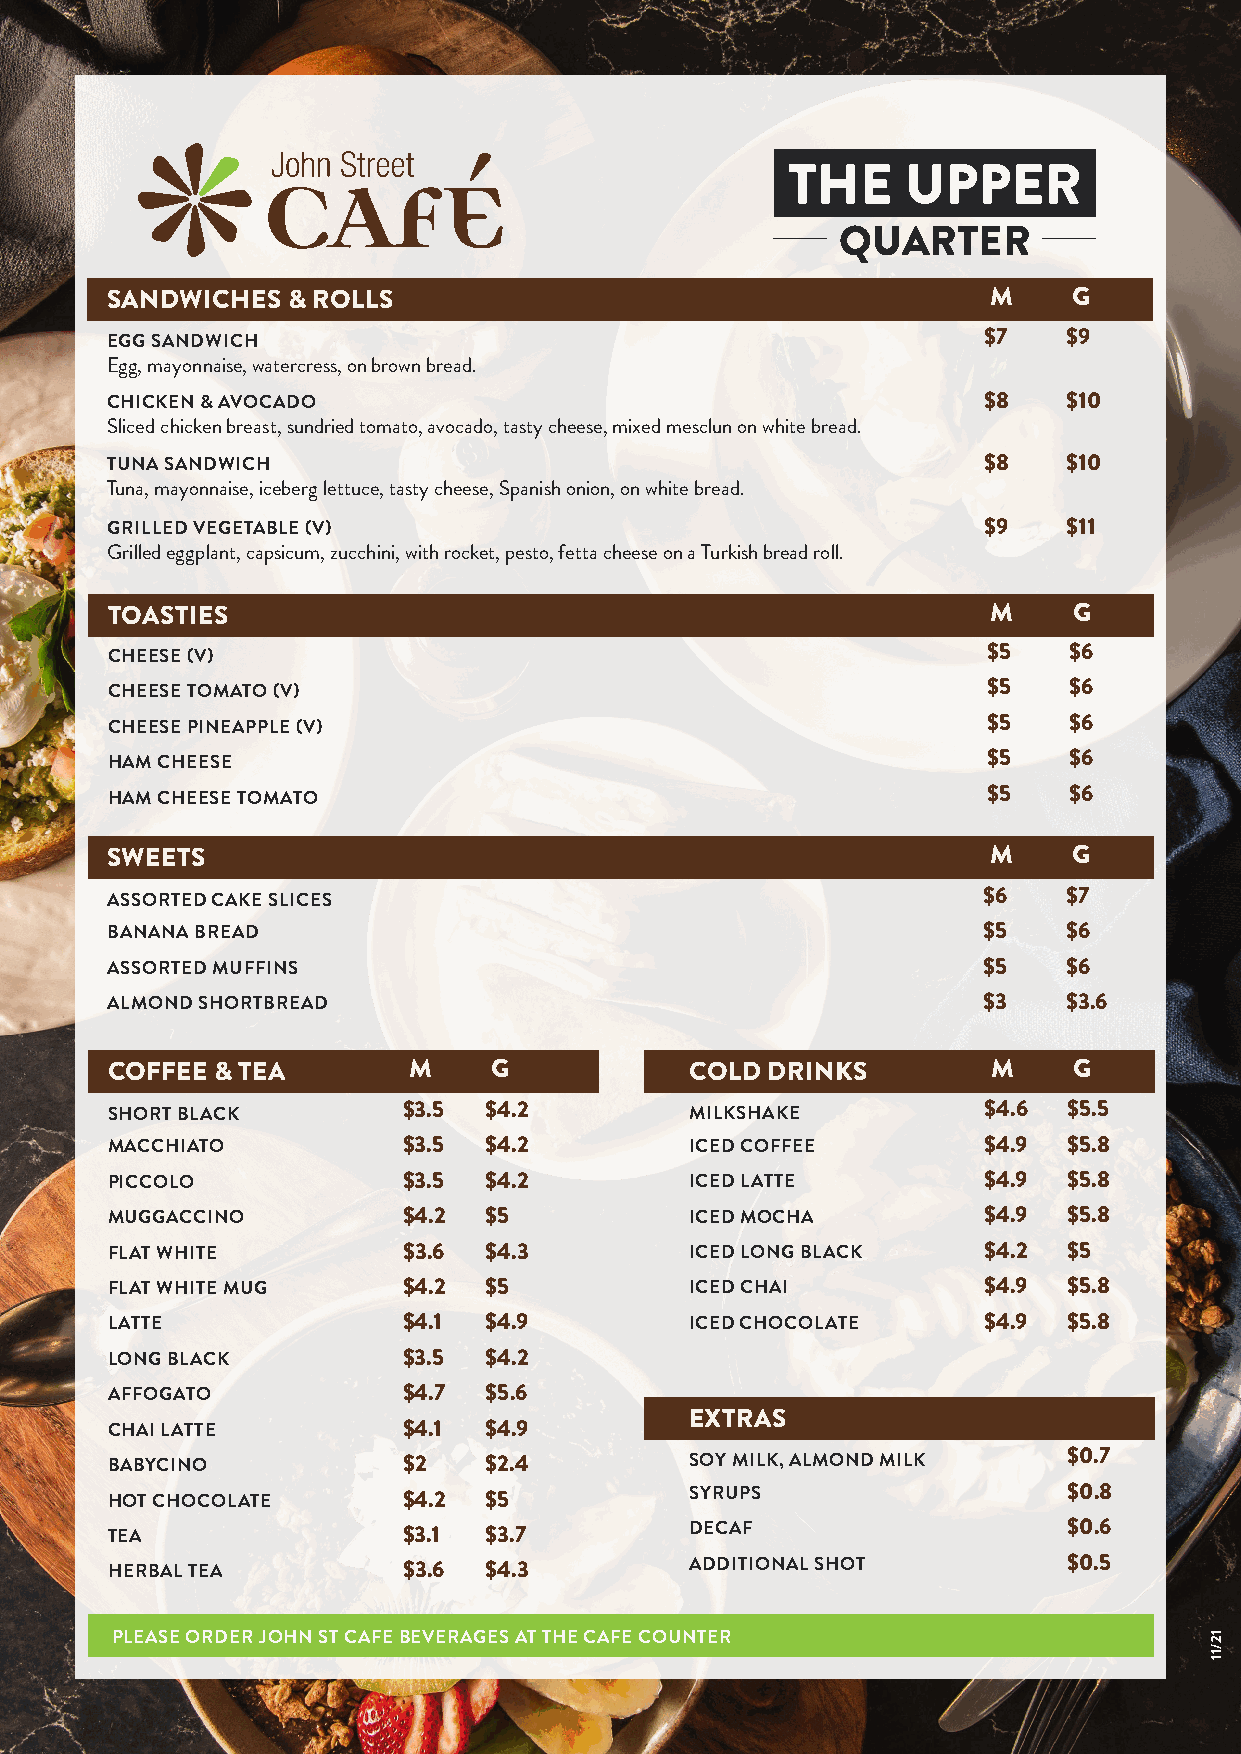
THE     UPPER
 QUARTER
 SANDWICHES  & ROLLS                                       M     G
 EGG SANDWICH                                              $7    $9
 Egg, mayonnaise, watercress, on brown bread.
 CHICKEN & AVOCADO                                         $8    $10
 Sliced chicken breast, sundried tomato, avocado, tasty cheese, mixed mesclun on white bread.
 TUNA SANDWICH                                             $8    $10
 Tuna, mayonnaise, iceberg lettuce, tasty cheese, Spanish onion, on white bread.
 GRILLED VEGETABLE (V)                                     $9    $11
 Grilled eggplant, capsicum, zucchini, with rocket, pesto, fetta cheese on a Turkish bread roll.
 TOASTIES                                                   M    G
 CHEESE (V)                                                $5    $6
 CHEESE TOMATO (V)                                         $5    $6
 CHEESE PINEAPPLE (V)                                      $5    $6
 HAM CHEESE                                                $5    $6
 HAM CHEESE TOMATO                                         $5    $6
 SWEETS                                                    M     G
 ASSORTED CAKE SLICES                                      $6    $7
 BANANA BREAD                                              $5    $6
 ASSORTED MUFFINS                                          $5    $6
 ALMOND SHORTBREAD                                         $3    $3.6
 COFFEE & TEA        M     G            COLD DRINKS         M    G
 SHORT BLACK         $3.5 $4.2          MILKSHAKE          $4.6  $5.5
 MACCHIATO           $3.5 $4.2          ICED COFFEE        $4.9  $5.8
 PICCOLO             $3.5 $4.2          ICED LATTE         $4.9  $5.8
 MUGGACCINO          $4.2 $5            ICED MOCHA         $4.9  $5.8
 FLAT WHITE          $3.6 $4.3          ICED LONG BLACK    $4.2  $5
 FLAT WHITE MUG      $4.2 $5            ICED CHAI          $4.9  $5.8
 LATTE               $4.1 $4.9          ICED CHOCOLATE     $4.9  $5.8
 LONG BLACK          $3.5 $4.2
 AFFOGATO            $4.7 $5.6
 EXTRAS
 CHAI LATTE          $4.1 $4.9
 BABYCINO            $2   $2.4          SOY MILK, ALMOND MILK    $0.7
 HOT CHOCOLATE       $4.2 $5            SYRUPS                   $0.8
 TEA                 $3.1 $3.7          DECAF                    $0.6
 HERBAL TEA          $3.6 $4.3          ADDITIONAL SHOT          $0.5
 PLEASE ORDER JOHN ST CAFE BEVERAGES AT THE CAFE COUNTER                  12/11